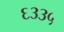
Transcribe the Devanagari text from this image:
६३३५